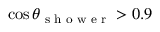
\cos \theta _ { \textrm { s h o w e r } } > 0 . 9